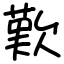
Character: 歎